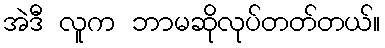
အဲဒီ လူက ဘာမဆိုလုပ်တတ်တယ်။